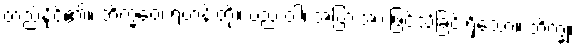
တည်နိုင်၏။ ဘိက္ခဝေ၊ ရဟန်းတို့။ ပည ဝါ၊ အပြားအားဖြင့်သိခြင်းရှိသော။ ဘိက္ခု၊